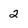
Character: 2